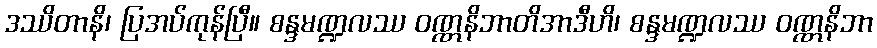
ဒဿိတာနိ၊ ပြအပ်ကုန်ပြီ။ စန္ဒမဏ္ဍလဿ ဝဏ္ဏနိဘာတိအာဒီဟိ၊ စန္ဒမဏ္ဍလဿ ဝဏ္ဏနိဘာ